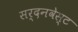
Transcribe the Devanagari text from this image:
सर्दनवेस्ट